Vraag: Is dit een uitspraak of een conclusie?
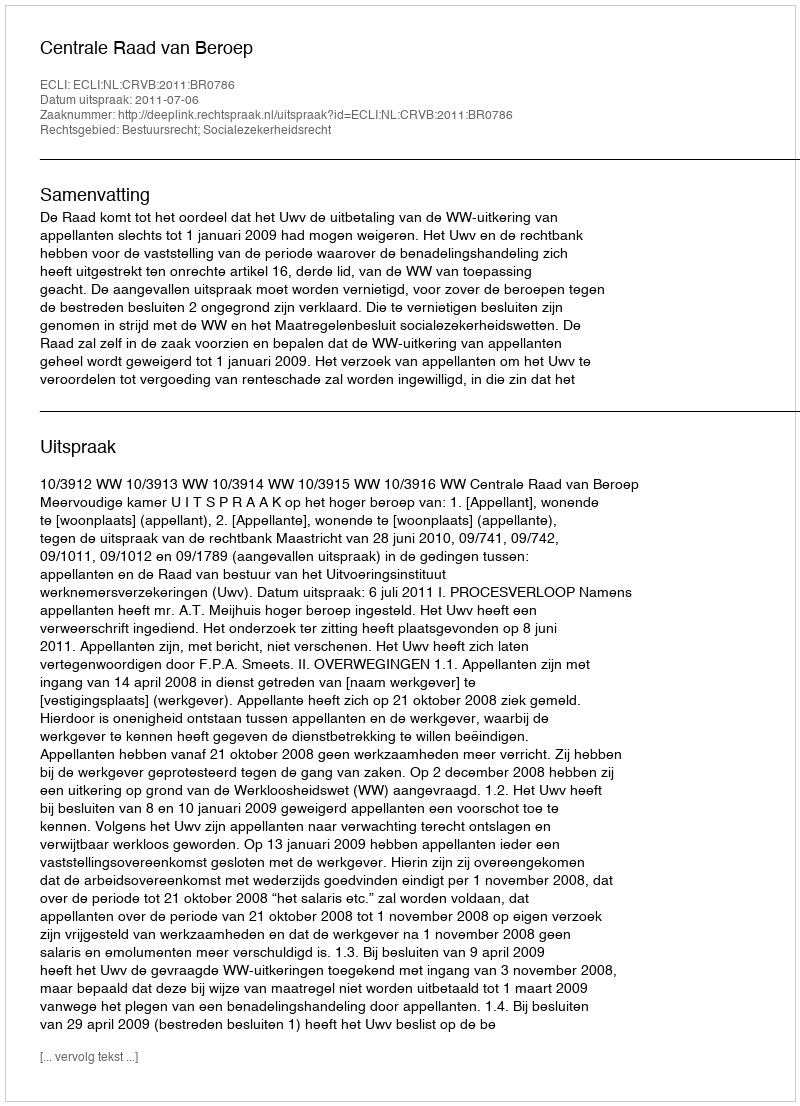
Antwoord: Uitspraak